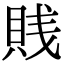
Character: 賎